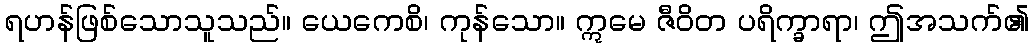
ရဟန်ဖြစ်သောသူသည်။ ယေကေစိ၊ ကုန်သော။ ဣမေ ဇီဝိတ ပရိက္ခာရာ၊ ဤအသက်၏